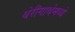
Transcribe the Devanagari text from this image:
थेरीगाथेमध्ये